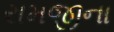
રામજીના